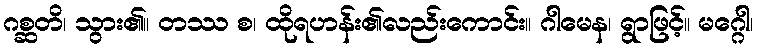
ဂစ္ဆတိ၊ သွား၏။ တဿ စ၊ ထိုရဟန်း၏လည်းကောင်း။ ဂါမေန၊ ရွာဖြင့်။ မဂ္ဂေါ၊